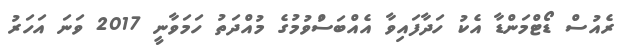
ރެއުސް ޑޯޓްމަންޑާ އެކު ހަދާފައިވާ އެއްބަސްުވުމުގެ މުއްދަތު ހަމަވާނީ 2017 ވަނަ އަަހަރު